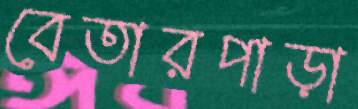
বেতারপাড়া